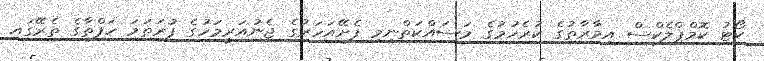
ކޯޓު ކޮމްޕްލެކްސް އިމާރާތުގެ ކުރެހުމުގެ މަސައްކަތްނިމި ފެށޭއަހަރުގެ ޖެނުއަރީމަހުގެ ފުރަތަމަ ހަފްތާގެ ތެރޭގައި